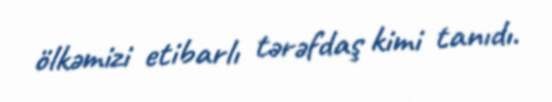
ölkəmizi etibarlı tərəfdaş kimi tanıdı.